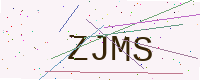
Text: ZJMS